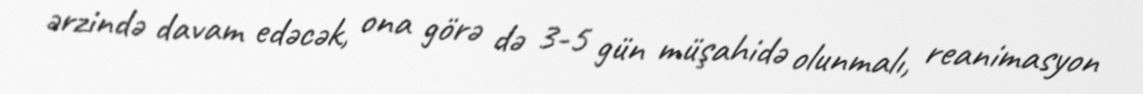
ərzində davam edəcək, ona görə də 3-5 gün müşahidə olunmalı, reanimasyon